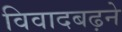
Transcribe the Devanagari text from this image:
विवादबढ़ने